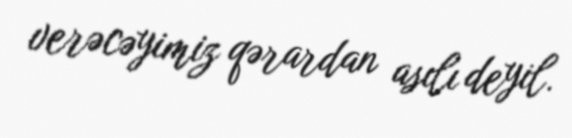
verəcəyimiz qərardan asılı deyil.